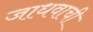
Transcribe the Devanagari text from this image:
जाधवाची